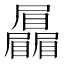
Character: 𡳻